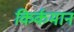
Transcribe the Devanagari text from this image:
किर्कमान